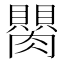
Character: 𦢆